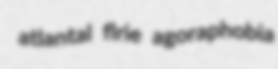
atlantal flrie agoraphobia